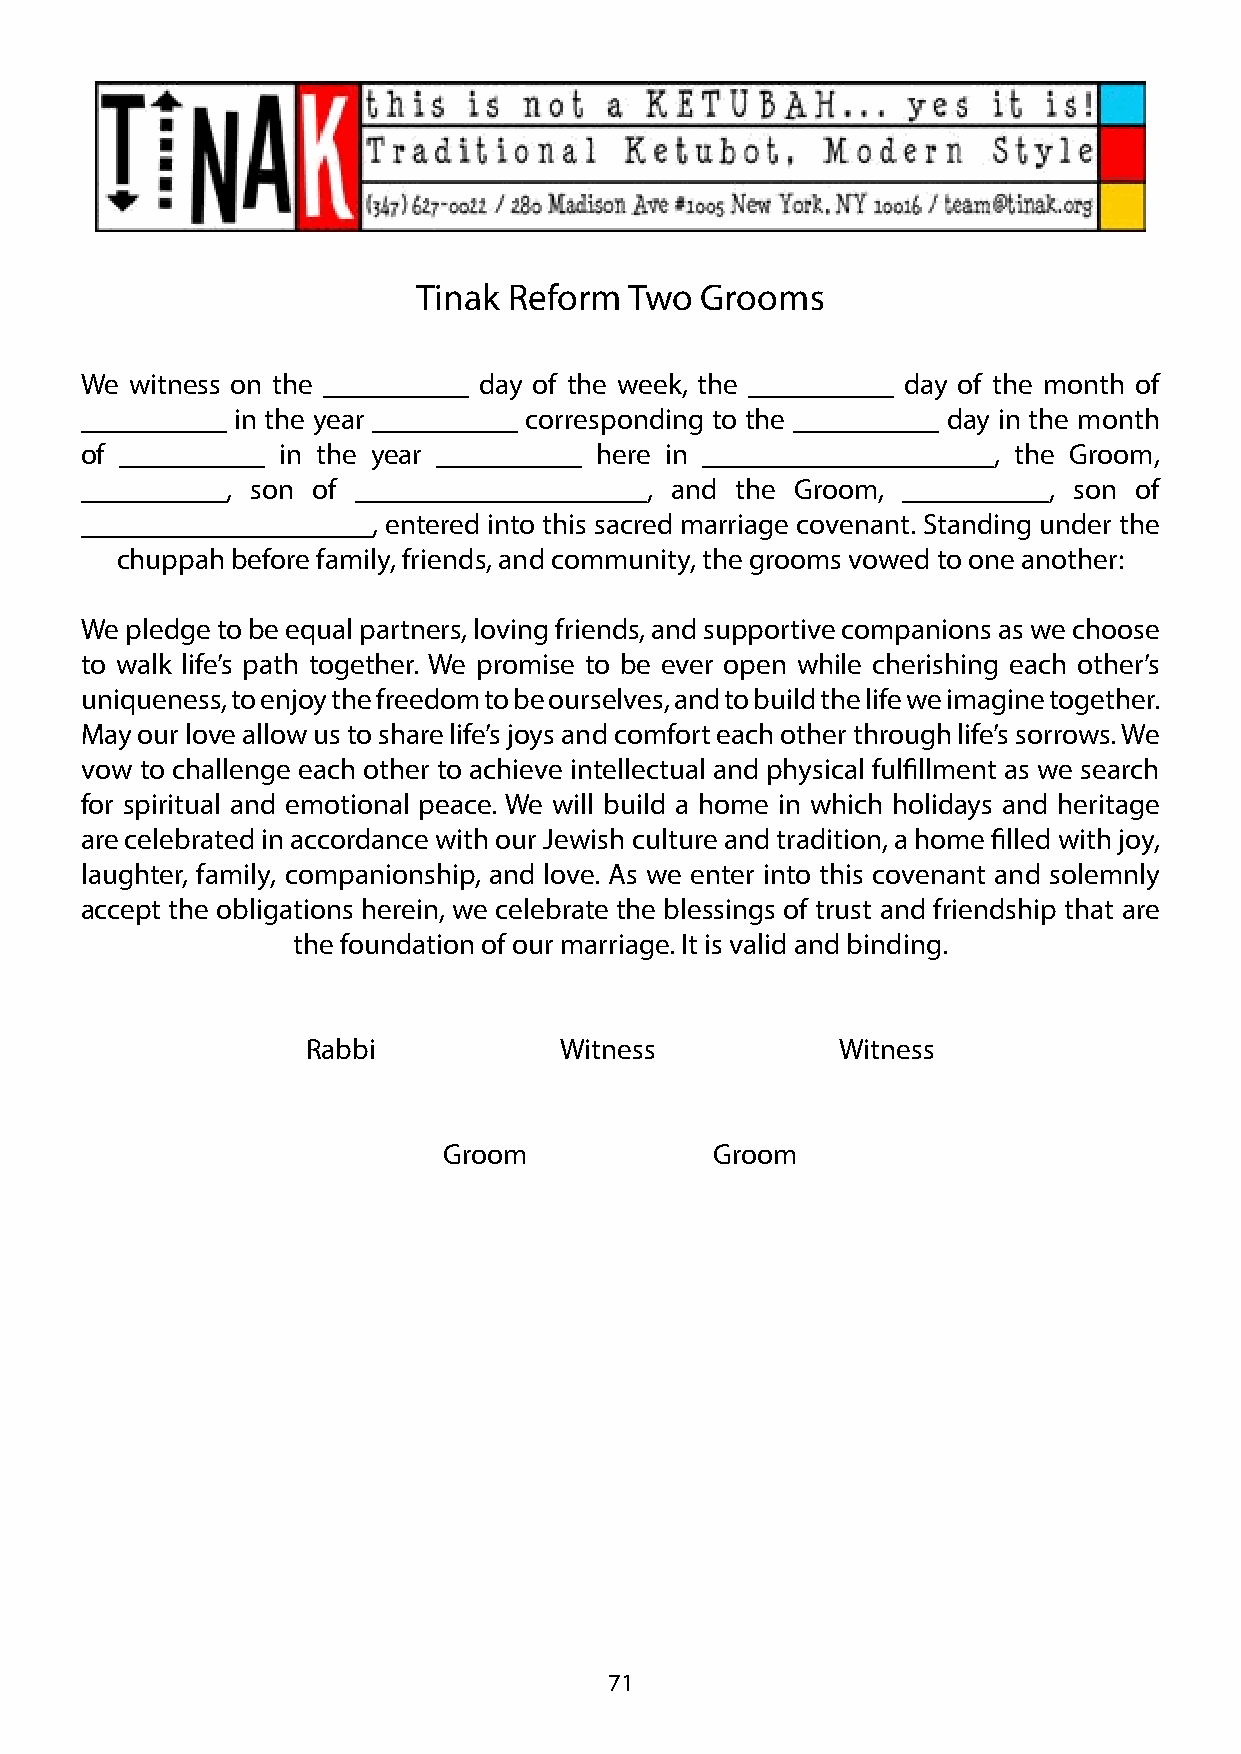
Tinak Reform  Two Grooms
 We  witness on the __________ day of the week, the __________ day of the month of
 __________ in the year __________ corresponding to the __________ day in the month
 of __________ in the year __________ here in ____________________, the Groom,
 __________, son of ____________________, and the Groom, __________, son of
 ____________________, entered into this sacred marriage covenant. Standing under the
 chuppah before family, friends, and community, the grooms vowed to one another:
 We pledge to be equal partners, loving friends, and supportive companions as we choose
 to walk life’s path together. We promise to be ever open while cherishing each other’s
 uniqueness, to enjoy the freedom to be ourselves, and to build the life we imagine together.
 May our love allow us to share life’s joys and comfort each other through life’s sorrows. We
 vow to challenge each other to achieve intellectual and physical fulfillment as we search
 for spiritual and emotional peace. We will build a home in which holidays and heritage
 are celebrated in accordance with our Jewish culture and tradition, a home filled with joy,
 laughter, family, companionship, and love. As we enter into this covenant and solemnly
 accept the obligations herein, we celebrate the blessings of trust and friendship that are
 the foundation of our marriage. It is valid and binding.
 Rabbi            Witness            Witness
 Groom             Groom
 71